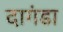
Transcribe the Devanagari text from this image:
दागंडा